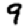
Digit: 9